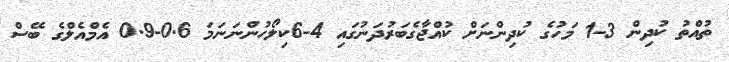
ތުއްތު ކުދިން 3-1 މަހުގެ ކުދިންނަށް ކުއްޖާގެބަރުދަނުގައި 4-6ކިލޯހުންނަނަމަ 0.6-0.9 އެމްއެލްގެ ބޭސް